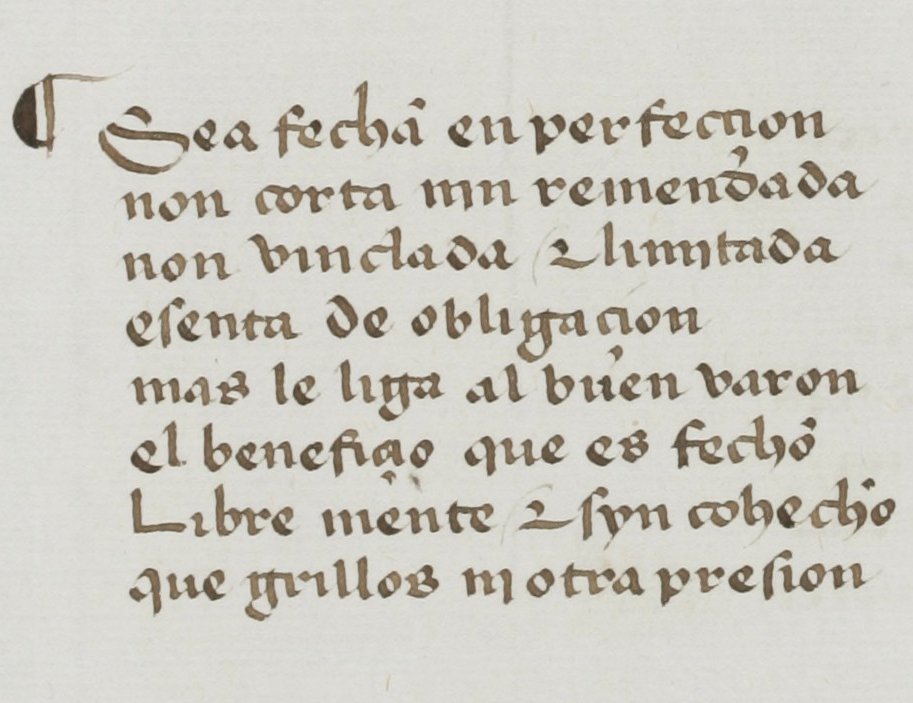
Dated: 1455–1485